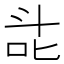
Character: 㖍